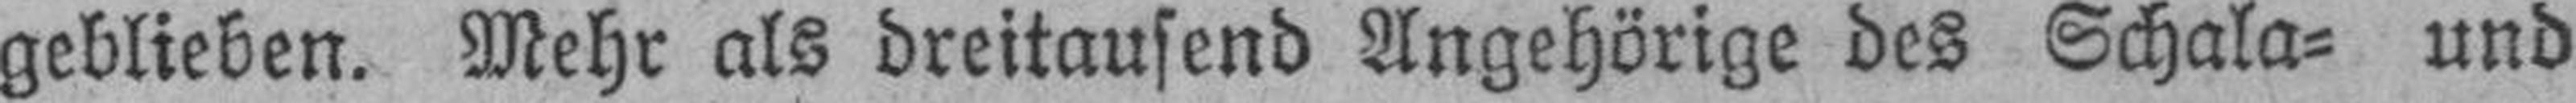
geblieben. Mehr als dreitausend Angehörige des Schala= und